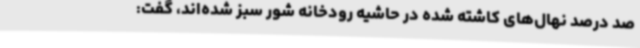
صد درصد نهال‌های کاشته شده در حاشیه رودخانه شور سبز شده‌اند، گفت: